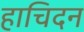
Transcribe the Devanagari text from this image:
हाचिदन